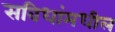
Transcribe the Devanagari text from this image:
सविधांमधील